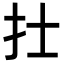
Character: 𢩿